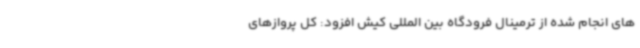
های انجام شده از ترمینال فرودگاه بین المللی کیش افزود: کل پروازهای